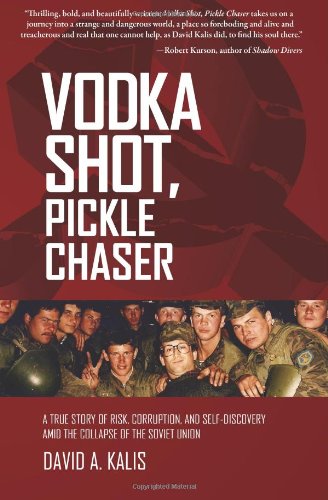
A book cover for Vodka Shot, Pickle Chaser: A true story of risk, corruption and self-discovery amid the collapse of the Soviet Union; David A. Kalis; Travel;